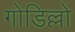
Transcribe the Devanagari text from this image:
गोडिल्लो